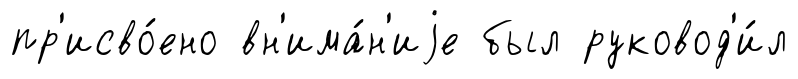
пр'исво́ено вн'има́н'иjе был руковод'и́л